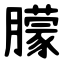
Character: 朦